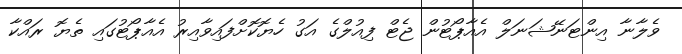
ވެލާނާ އިންޓަނޭޝަނަލް އެއާޕޯޓުން ޖެޓް ފިއުލްގެ އަގު ހެޔޮކޮށްފައިވާއިރު އެއާޕޯޓުގައި ތެޔޮ ރައްކާ